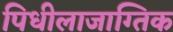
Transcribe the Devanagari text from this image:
पिधीलाजाग्तिक